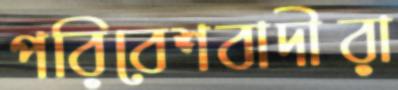
পরিবেশবাদীরা